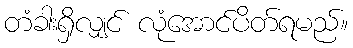
တံခါးရှိလျှင် လုံအောင်ပိတ်ရမည်။